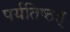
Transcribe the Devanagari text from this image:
पर्यतिष्ठत्